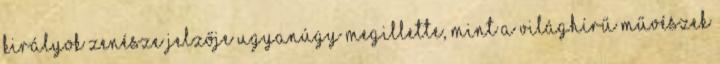
királyok zenésze jelzője ugyanúgy megillette, mint a világhírű művészek